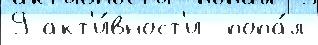
9 акт'и́вност'и  попа́л